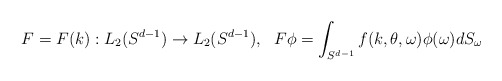
\begin{align*}F=F(k):L_2(S^{d-1}) \rightarrow L_2(S^{d-1}),~~F\phi=\int_{S^{d-1}}f(k,\theta,\omega)\phi(\omega)dS_\omega\end{align*}